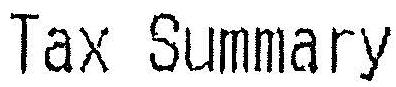
TAX SUMMARY